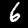
Digit: 6